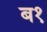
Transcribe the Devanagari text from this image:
ब१